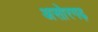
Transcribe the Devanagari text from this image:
असोरगढ़